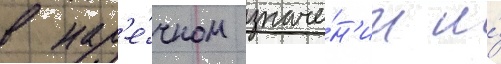
в нар'е́чном значе́н'ии и́